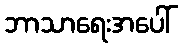
ဘာသာရေးအပေါ်